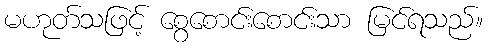
မဟုတ်သဖြင့် စွေစောင်းစောင်းသာ မြင်ရသည်။